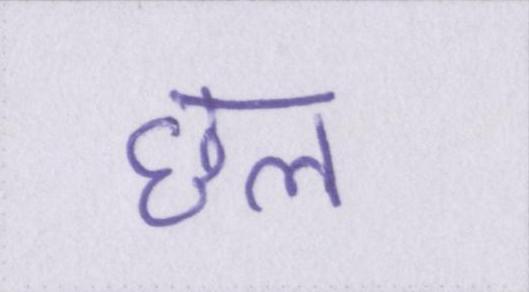
छल